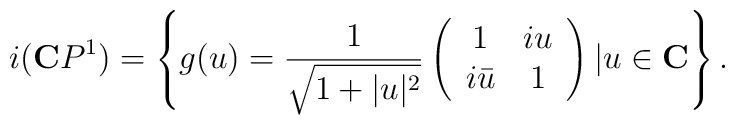
i(\mathbf{C}P^1)=\left\{ g(u)=          \frac{1}{\sqrt{1+|u|^2}}           \left(            \begin{array}{cc}               1     & iu \\            i\bar{u} & 1 \\            \end{array}           \right)          |u \in \mathbf{C}         \right\} .